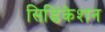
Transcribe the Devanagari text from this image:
सिडिंकेशन